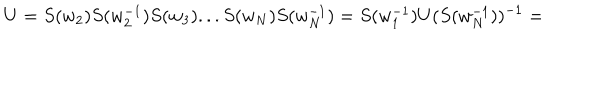
U = S ( w _ { 2 } ) S ( w _ { 2 } ^ { - 1 } ) S ( w _ { 3 } ) . . . S ( w _ { N } ) S ( w _ { N } ^ { - 1 } ) = S ( w _ { 1 } ^ { - 1 } ) U ( S ( w _ { N } ^ { - 1 } ) ) ^ { - 1 } =